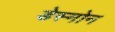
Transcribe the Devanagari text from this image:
डेस्मोन